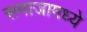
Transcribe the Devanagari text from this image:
समाजामध्‍ये